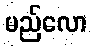
မည်လော